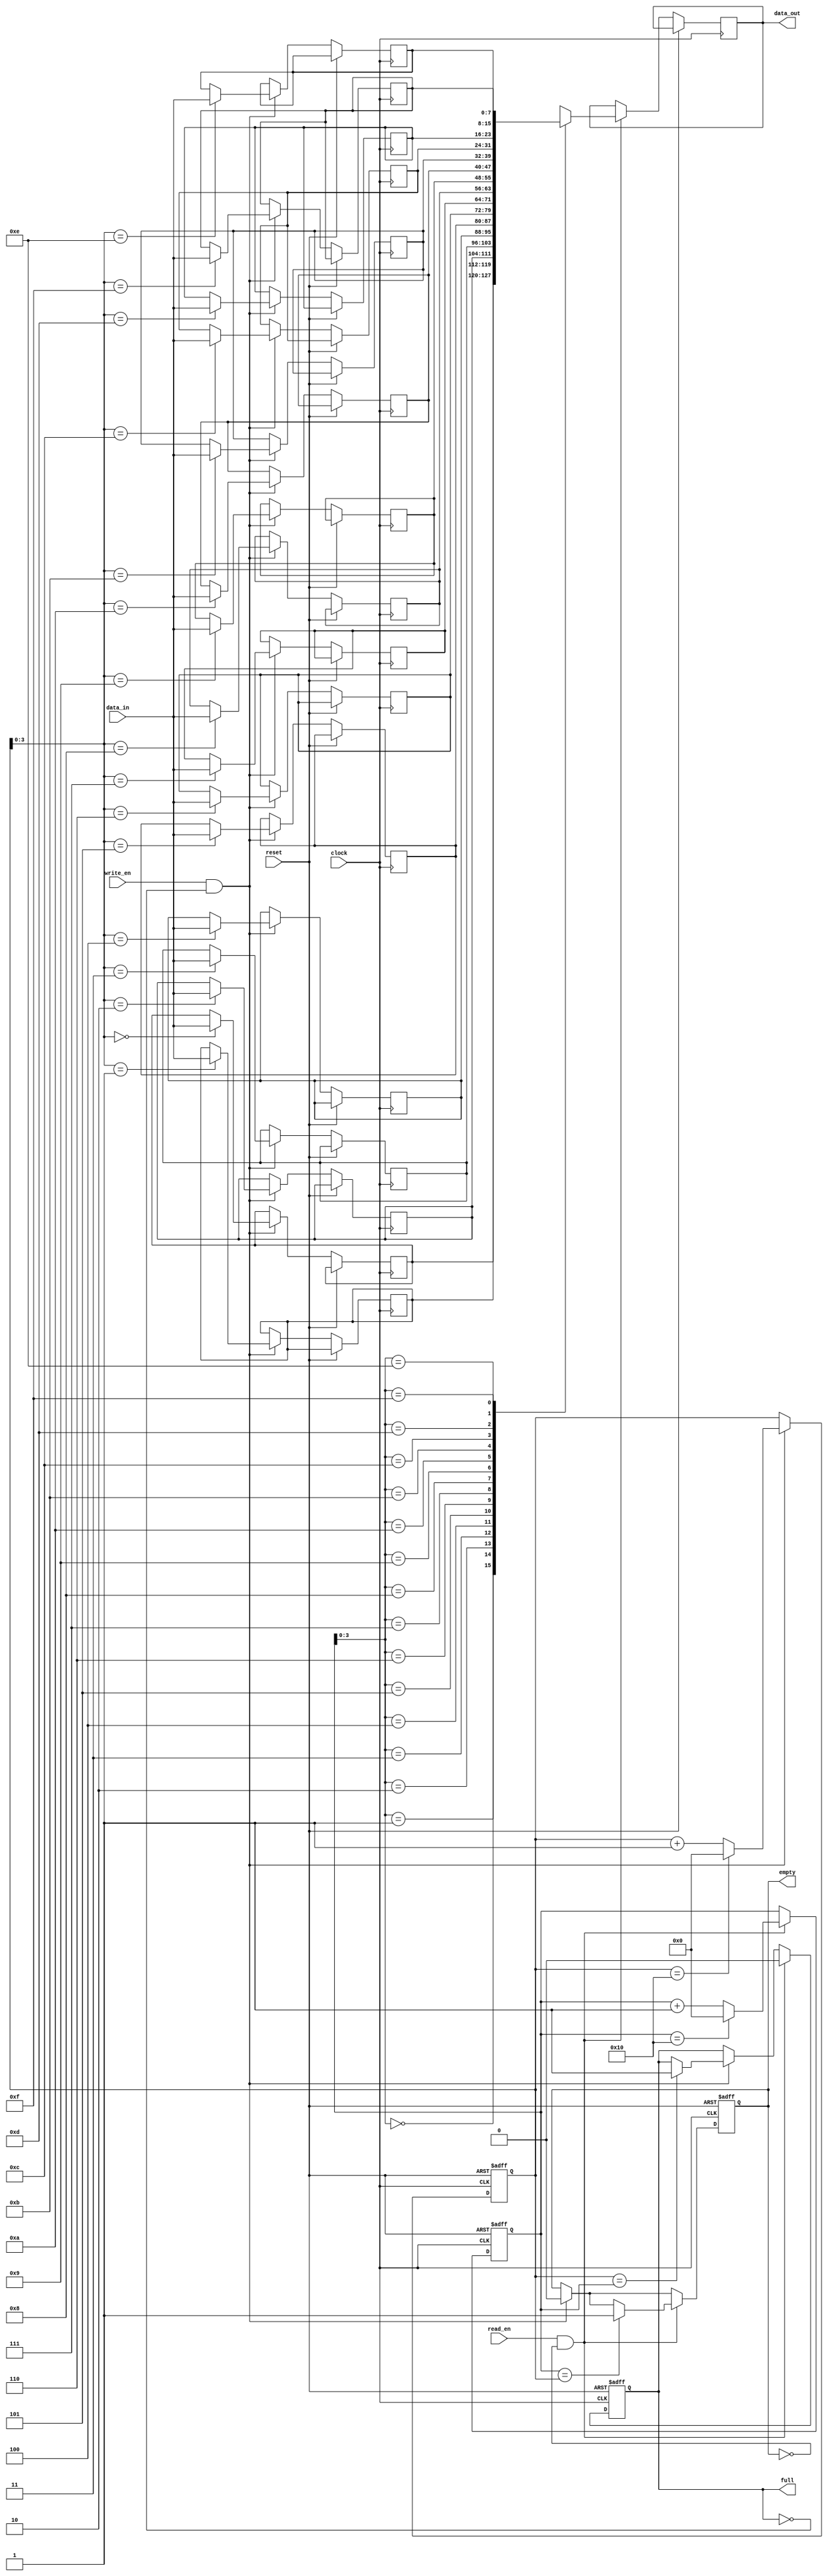
module first_word_fall_through_fifo
    #(parameter DATA_WIDTH = 8,
      parameter DEPTH = 16)
    (
    input wire clock,
    input wire reset,
    input wire write_en,
    input wire read_en,
    input wire [DATA_WIDTH-1:0] data_in,
    output wire [DATA_WIDTH-1:0] data_out,
    output wire full,
    output wire empty
);

reg [DATA_WIDTH-1:0] fifo [DEPTH-1:0];
reg [DEPTH-1:0] head, tail;
reg full, empty;

always @(posedge clock or posedge reset)
begin
    if (reset)
    begin
        head <= 0;
        tail <= 0;
        full <= 0;
        empty <= 1;
    end
    else
    begin
        if (write_en && !full)
        begin
            fifo[tail] <= data_in;
            tail <= tail + 1;
            if (tail == DEPTH)
                tail <= 0;
            if (tail == head)
                full <= 1;
            empty <= 0;
        end

        if (read_en && !empty)
        begin
            data_out <= fifo[head];
            head <= head + 1;
            if (head == DEPTH)
                head <= 0;
            if (head == tail)
                empty <= 1;
            full <= 0;
        end
    end
end

endmodule